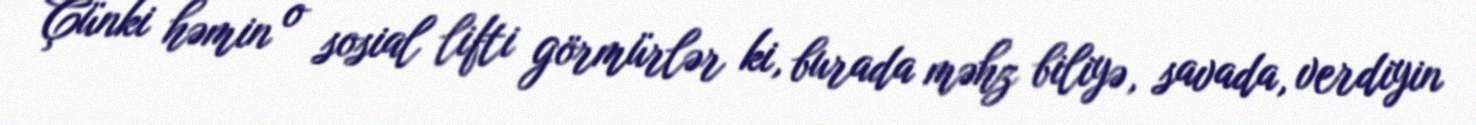
Çünki həmin o sosial lifti görmürlər ki, burada məhz biliyə, savada, verdiyin